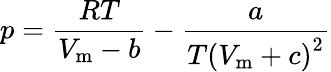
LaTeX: p={\frac{RT}{V_{\mathrm{m}}-b}}-{\frac{a}{T\left(V_{\mathrm{m}}+c\right)^{2}}}